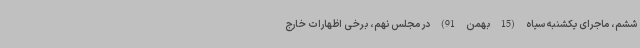
ششم، ماجرای یکشنبه سیاه (15 بهمن 91) در مجلس نهم، برخی اظهارات خارج